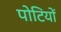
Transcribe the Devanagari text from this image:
पोटियों